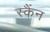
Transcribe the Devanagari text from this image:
स्कैंन